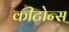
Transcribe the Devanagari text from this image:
कीटोन्स